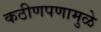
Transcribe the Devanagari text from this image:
कठीणपणामुळे